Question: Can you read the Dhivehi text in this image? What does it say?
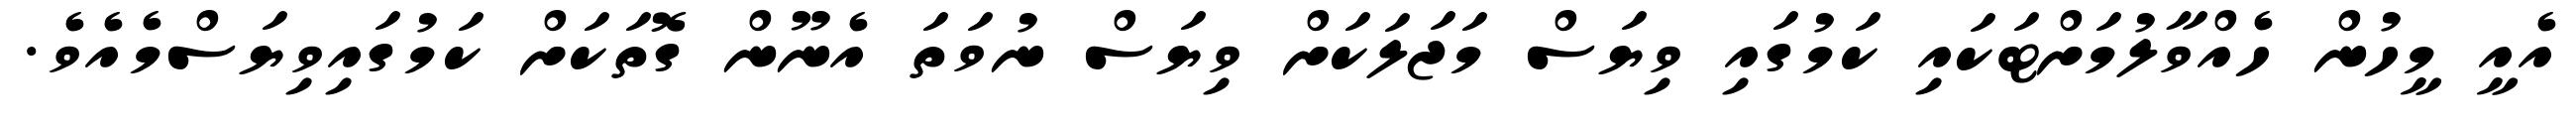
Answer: އެއީ މީހުން ހެއްވާލުމަށްޓަކައި ކަމުގައި ވިޔަސް މަޖަލަކަށް ވިޔަސް ނުވަތަ އެނޫން ގޮތަކަށް ކަމުގައިވިޔަސްމެއެވެ.